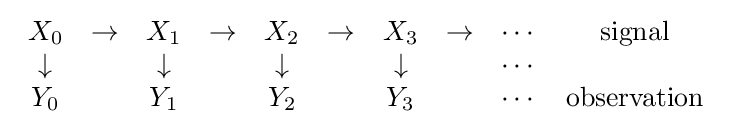
{\begin{array}{cccccccccc}X_{0}&\to &X_{1}&\to &X_{2}&\to &X_{3}&\to &\cdots &{\text{signal}}\\\downarrow &&\downarrow &&\downarrow &&\downarrow &&\cdots &\\Y_{0}&&Y_{1}&&Y_{2}&&Y_{3}&&\cdots &{\text{observation}}\end{array}}